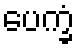
ပေက္ခံ